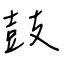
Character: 鼓